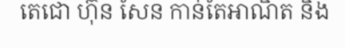
តេជោ ហ៊ុន សែន កាន់តែអាណិត និង